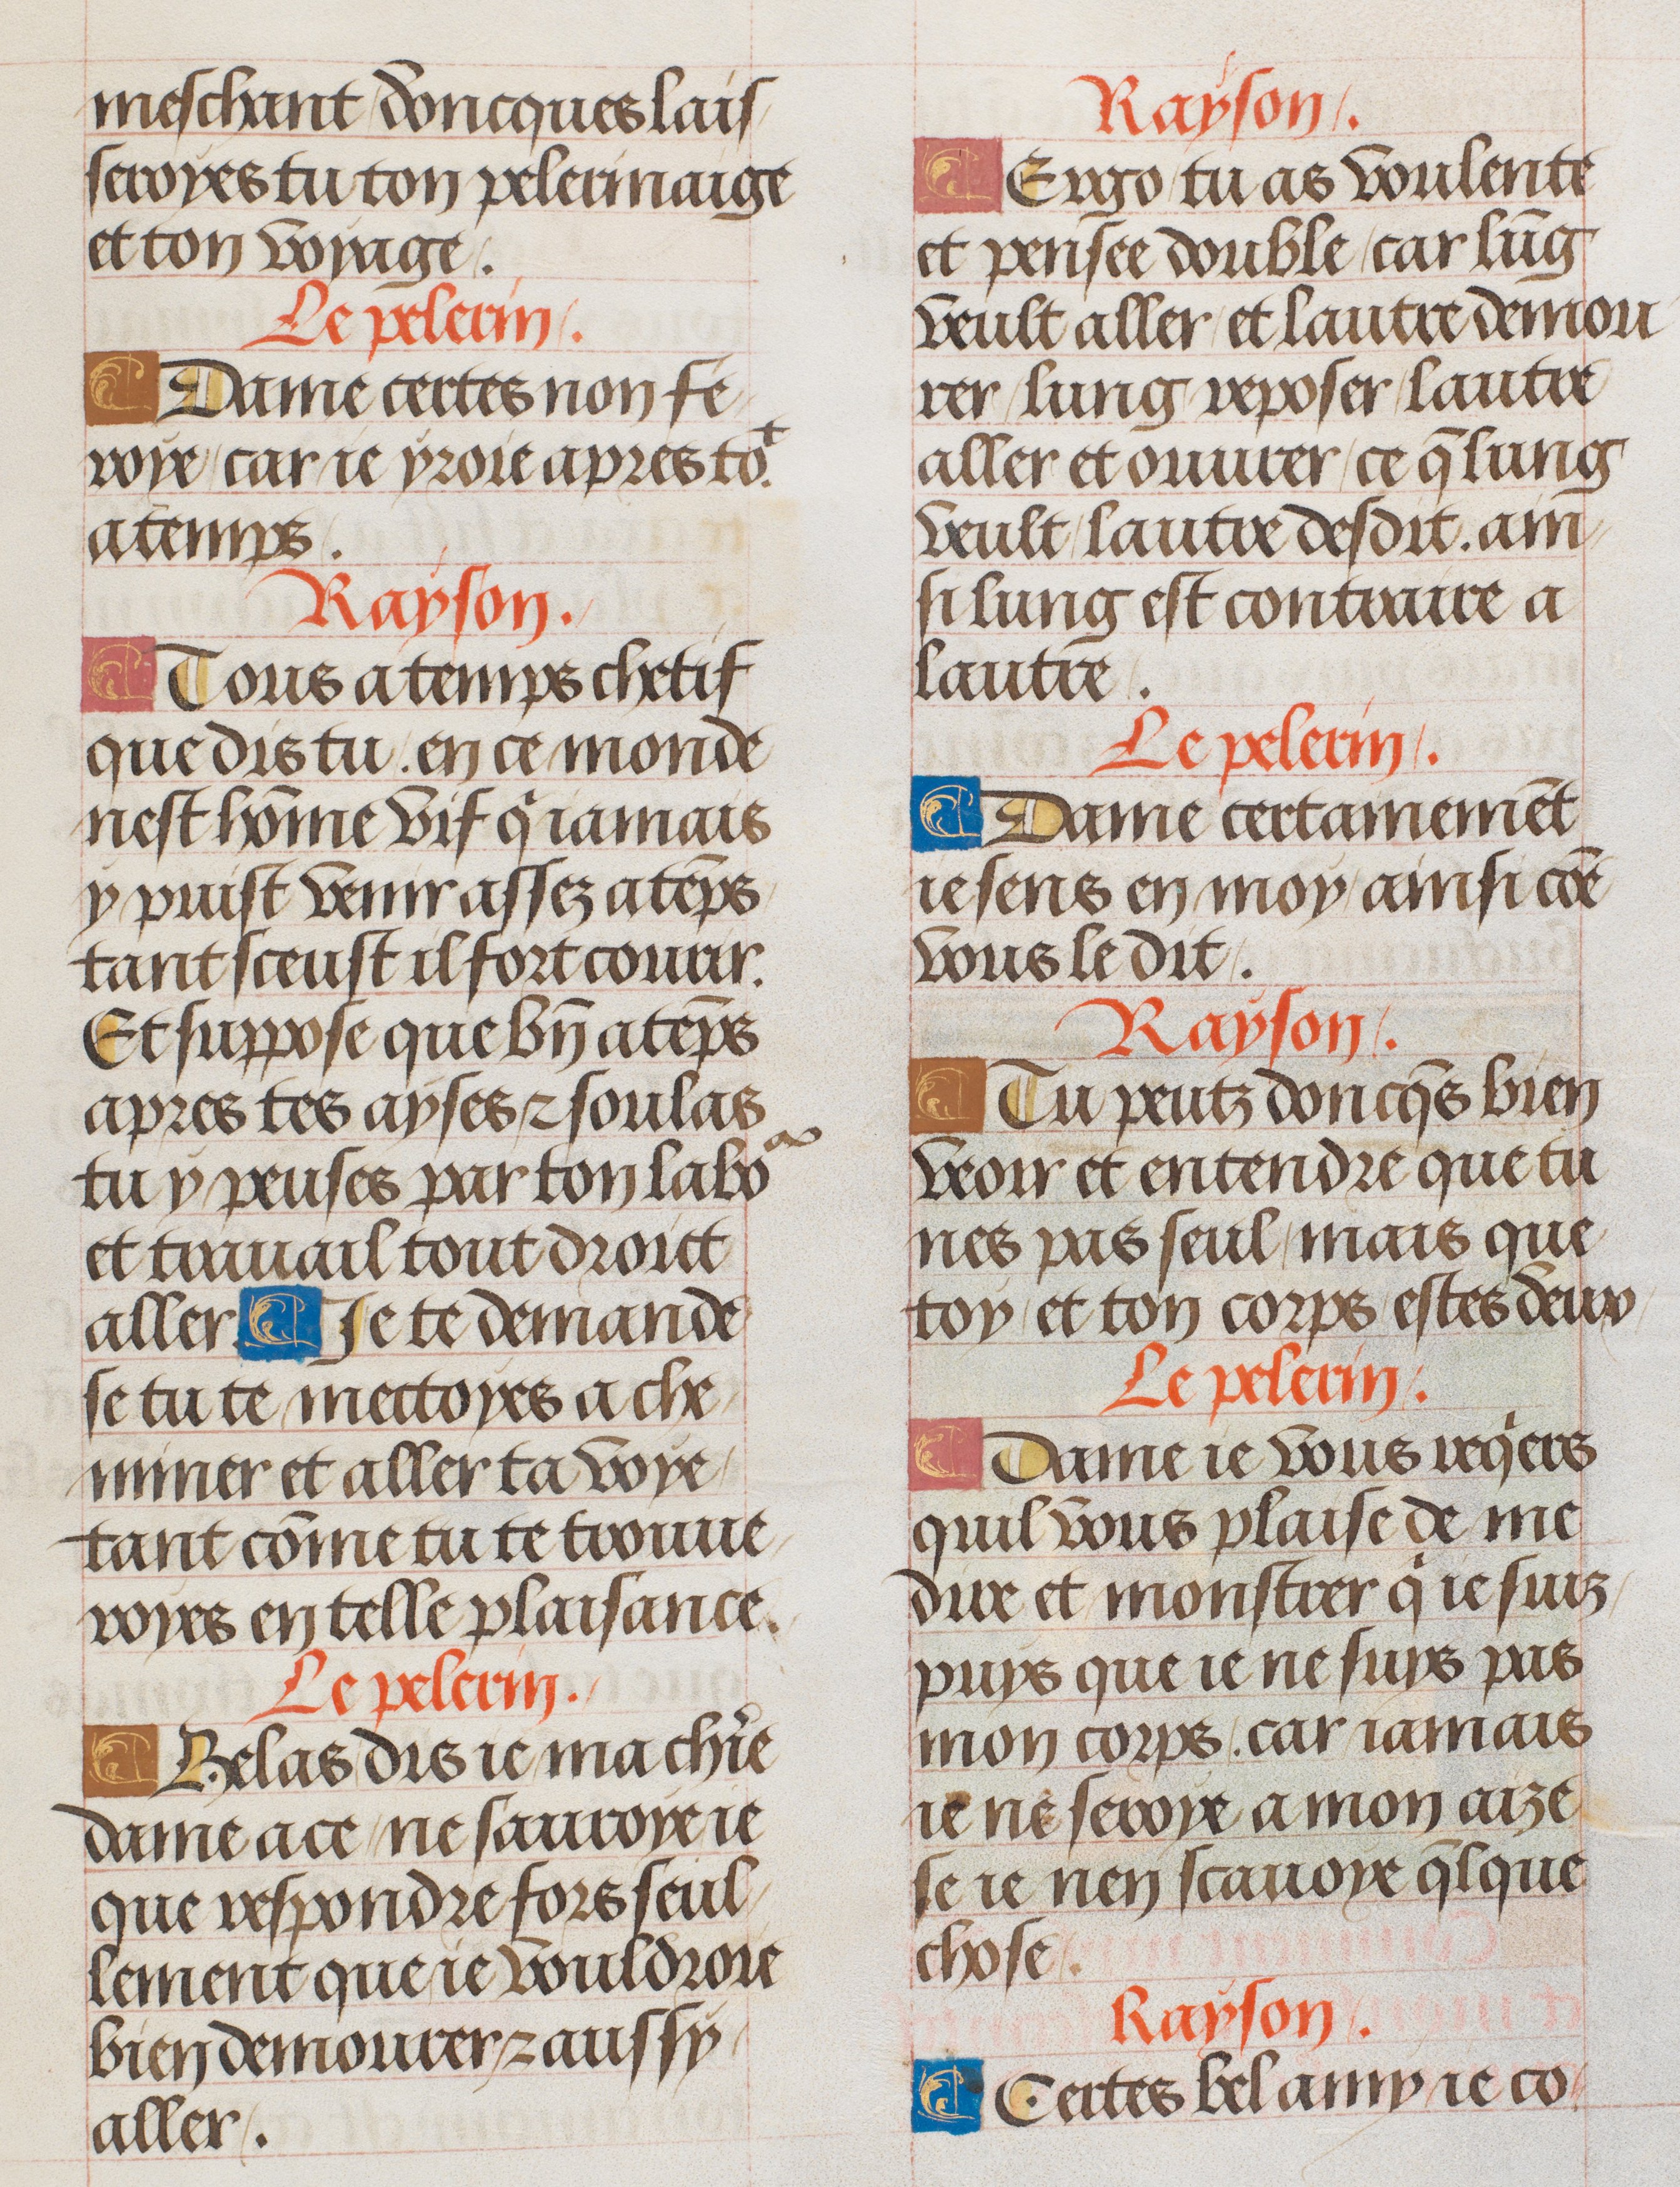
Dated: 1470–1530